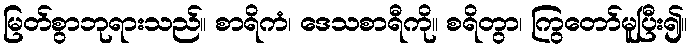
မြတ်စွာဘုရားသည်။ စာရိကံ၊ ဒေသစာရီကို။ စရိတွာ၊ ကြွတော်မူပြီး၍။